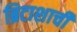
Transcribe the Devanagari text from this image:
ब्रिटाशाची